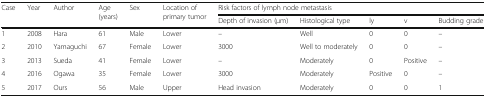
<table><thead><tr><td rowspan="2"><b>Case</b></td><td rowspan="2"><b>Year</b></td><td rowspan="2"><b>Author</b></td><td rowspan="2"><b>Age (years)</b></td><td rowspan="2"><b>Sex</b></td><td rowspan="2"><b>Location of primary tumor</b></td><td colspan="5"><b>Risk factors of lymph node metastasis</b></td></tr><tr><td><b>Depth of invasion (μm)</b></td><td><b>Histological type</b></td><td><b>ly</b></td><td><b>v</b></td><td><b>Budding grade</b></td></tr></thead><tbody><tr><td>1</td><td>2008</td><td>Hara</td><td>61</td><td>Male</td><td>Lower</td><td>–</td><td>Well</td><td>0</td><td>0</td><td>–</td></tr><tr><td>2</td><td>2010</td><td>Yamaguchi</td><td>67</td><td>Female</td><td>Lower</td><td>3000</td><td>Well to moderately</td><td>0</td><td>0</td><td>–</td></tr><tr><td>3</td><td>2013</td><td>Sueda</td><td>41</td><td>Female</td><td>Lower</td><td>–</td><td>Moderately</td><td>0</td><td>Positive</td><td>–</td></tr><tr><td>4</td><td>2016</td><td>Ogawa</td><td>35</td><td>Female</td><td>Lower</td><td>3000</td><td>Moderately</td><td>Positive</td><td>0</td><td>–</td></tr><tr><td>5</td><td>2017</td><td>Ours</td><td>56</td><td>Male</td><td>Upper</td><td>Head invasion</td><td>Moderately</td><td>0</td><td>0</td><td>1</td></tr></tbody></table>